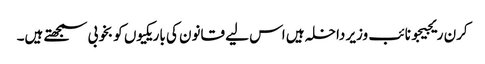
کرن ریجیجو نائب وزیر داخلہ ہیں اس لیے قانون کی باریکیوں کو بخوبی سمجھتے ہیں۔